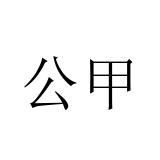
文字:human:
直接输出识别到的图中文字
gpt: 公甲